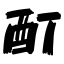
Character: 酊